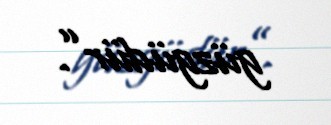
güzgüdür”.